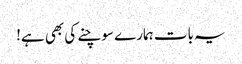
یہ بات ہمارے سوچنے کی بھی ہے!